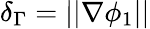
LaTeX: \delta_{\Gamma}=||\nabla\phi_{1}||